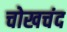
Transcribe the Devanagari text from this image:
चोखचंद